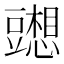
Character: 𰶢